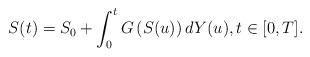
LaTeX: \begin{align*}{S}(t)=S_0+\int_0^tG\left({S}(u)\right)dY(u),t\in[0,T].\end{align*}